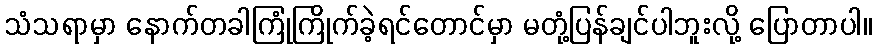
သံသရာမှာ နောက်တခါကြုံကြိုက်ခဲ့ရင်တောင်မှာ မတုံ့ပြန်ချင်ပါဘူးလို့ ပြောတာပါ။